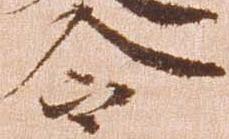
令